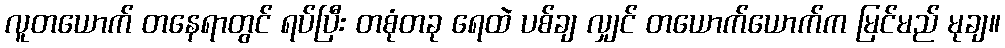
လူတယောက် တနေရာတွင် ရပ်ပြီး တစုံတခု ရေထဲ ပစ်ချ လျှင် တယောက်ယောက်က မြင်မည် မုချ။